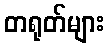
တရုတ်များ